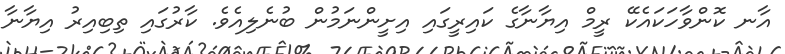
އާނ ކޮންވާހަކައެކޭ ރީމް އިޔާނާގެ ކައިރީގައި އިށީންނަމުން ބުނެލިއެވެ. ކާރުގައި ތިބިއިރު އިޔާނާ